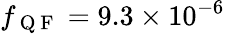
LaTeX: f_{\mathrm{~Q~F~}}=9.3\times 10^{-6}